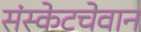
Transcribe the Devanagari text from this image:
संस्केटचेवान